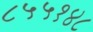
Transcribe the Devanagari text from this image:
८५५१४८